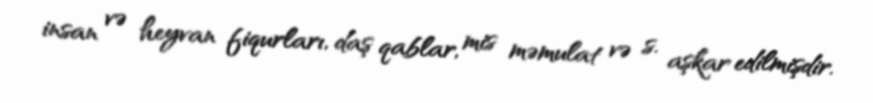
insan və heyvan fiqurları, daş qablar, mis məmulat və s. aşkar edilmişdir.